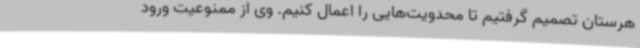
هرستان تصمیم گرفتیم تا محدویت‌هایی را اعمال کنیم. وی از ممنوعیت ورود